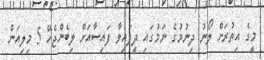
މީގެ އިތުރަށް ލޯނު ދިނުމުގެ ނަމުގައި ދީފައިވާ ފައިސާއަށް ލިބެންޖެހޭ 5 މިލިއަން